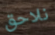
نلاحق